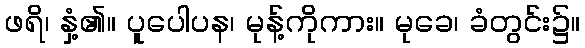
ဖရိ၊ နှံ့၏။ ပူပေါပန၊ မုန့်ကိုကား။ မုခေ၊ ခံတွင်း၌။